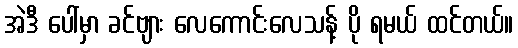
အဲဒီ ပေါ်မှာ ခင်ဗျား လေကောင်းလေသန့် ပို ရမယ် ထင်တယ်။